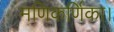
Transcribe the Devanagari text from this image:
मणिकर्णिका।